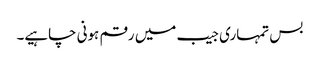
بس تمہاری جیب میں رقم ہونی چاہیے۔